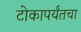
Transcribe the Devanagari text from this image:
टोकापर्यंतचा